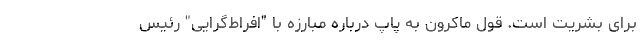
برای بشریت است. قول ماکرون به پاپ درباره مبارزه با "افراط‌گرایی" رئیس